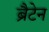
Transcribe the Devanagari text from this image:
ब्रैटेन